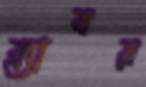
ব্র্যাবয়